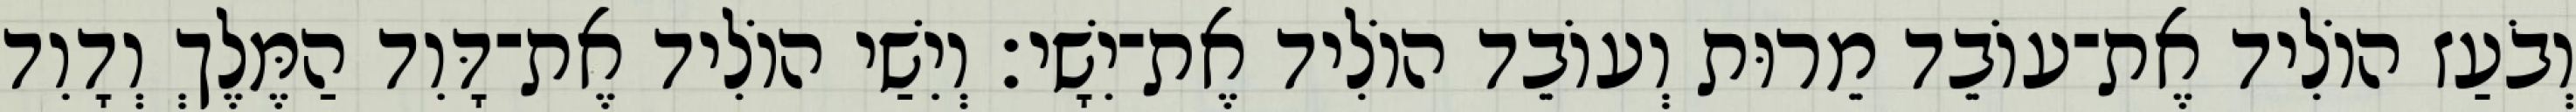
וְבֹעַז הוֹלִיד אֶת־עוֹבֵד מֵרוּת וְעוֹבֵד הוֹלִיד אֶת־יִשָׁי׃ וְיִשַׁי הוֹלִיד אֶת־דָּוִד הַמֶּלֶךְ וְדָוִד